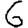
Digit: 6